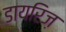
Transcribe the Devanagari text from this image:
डायरिज़